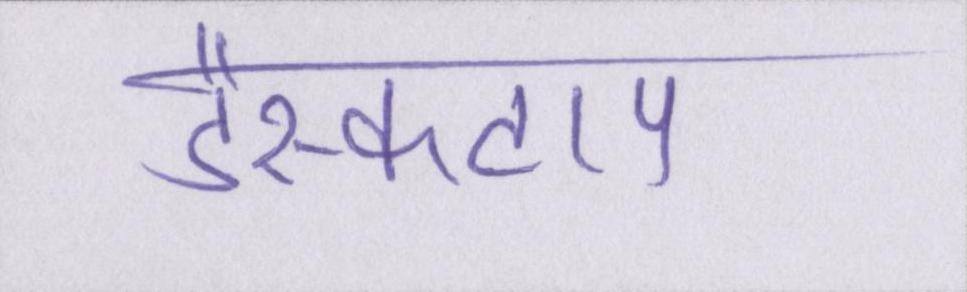
डैस्कटाप